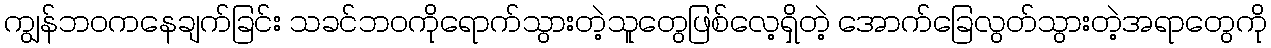
ကျွန်ဘဝကနေချက်ခြင်း သခင်ဘဝကိုရောက်သွားတဲ့သူတွေဖြစ်လေ့ရှိတဲ့ အောက်ခြေလွတ်သွားတဲ့အရာတွေကို